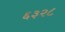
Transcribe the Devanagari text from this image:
६३२८